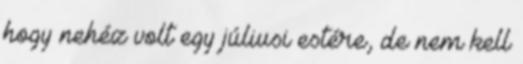
hogy nehéz volt egy júliusi estére, de nem kell